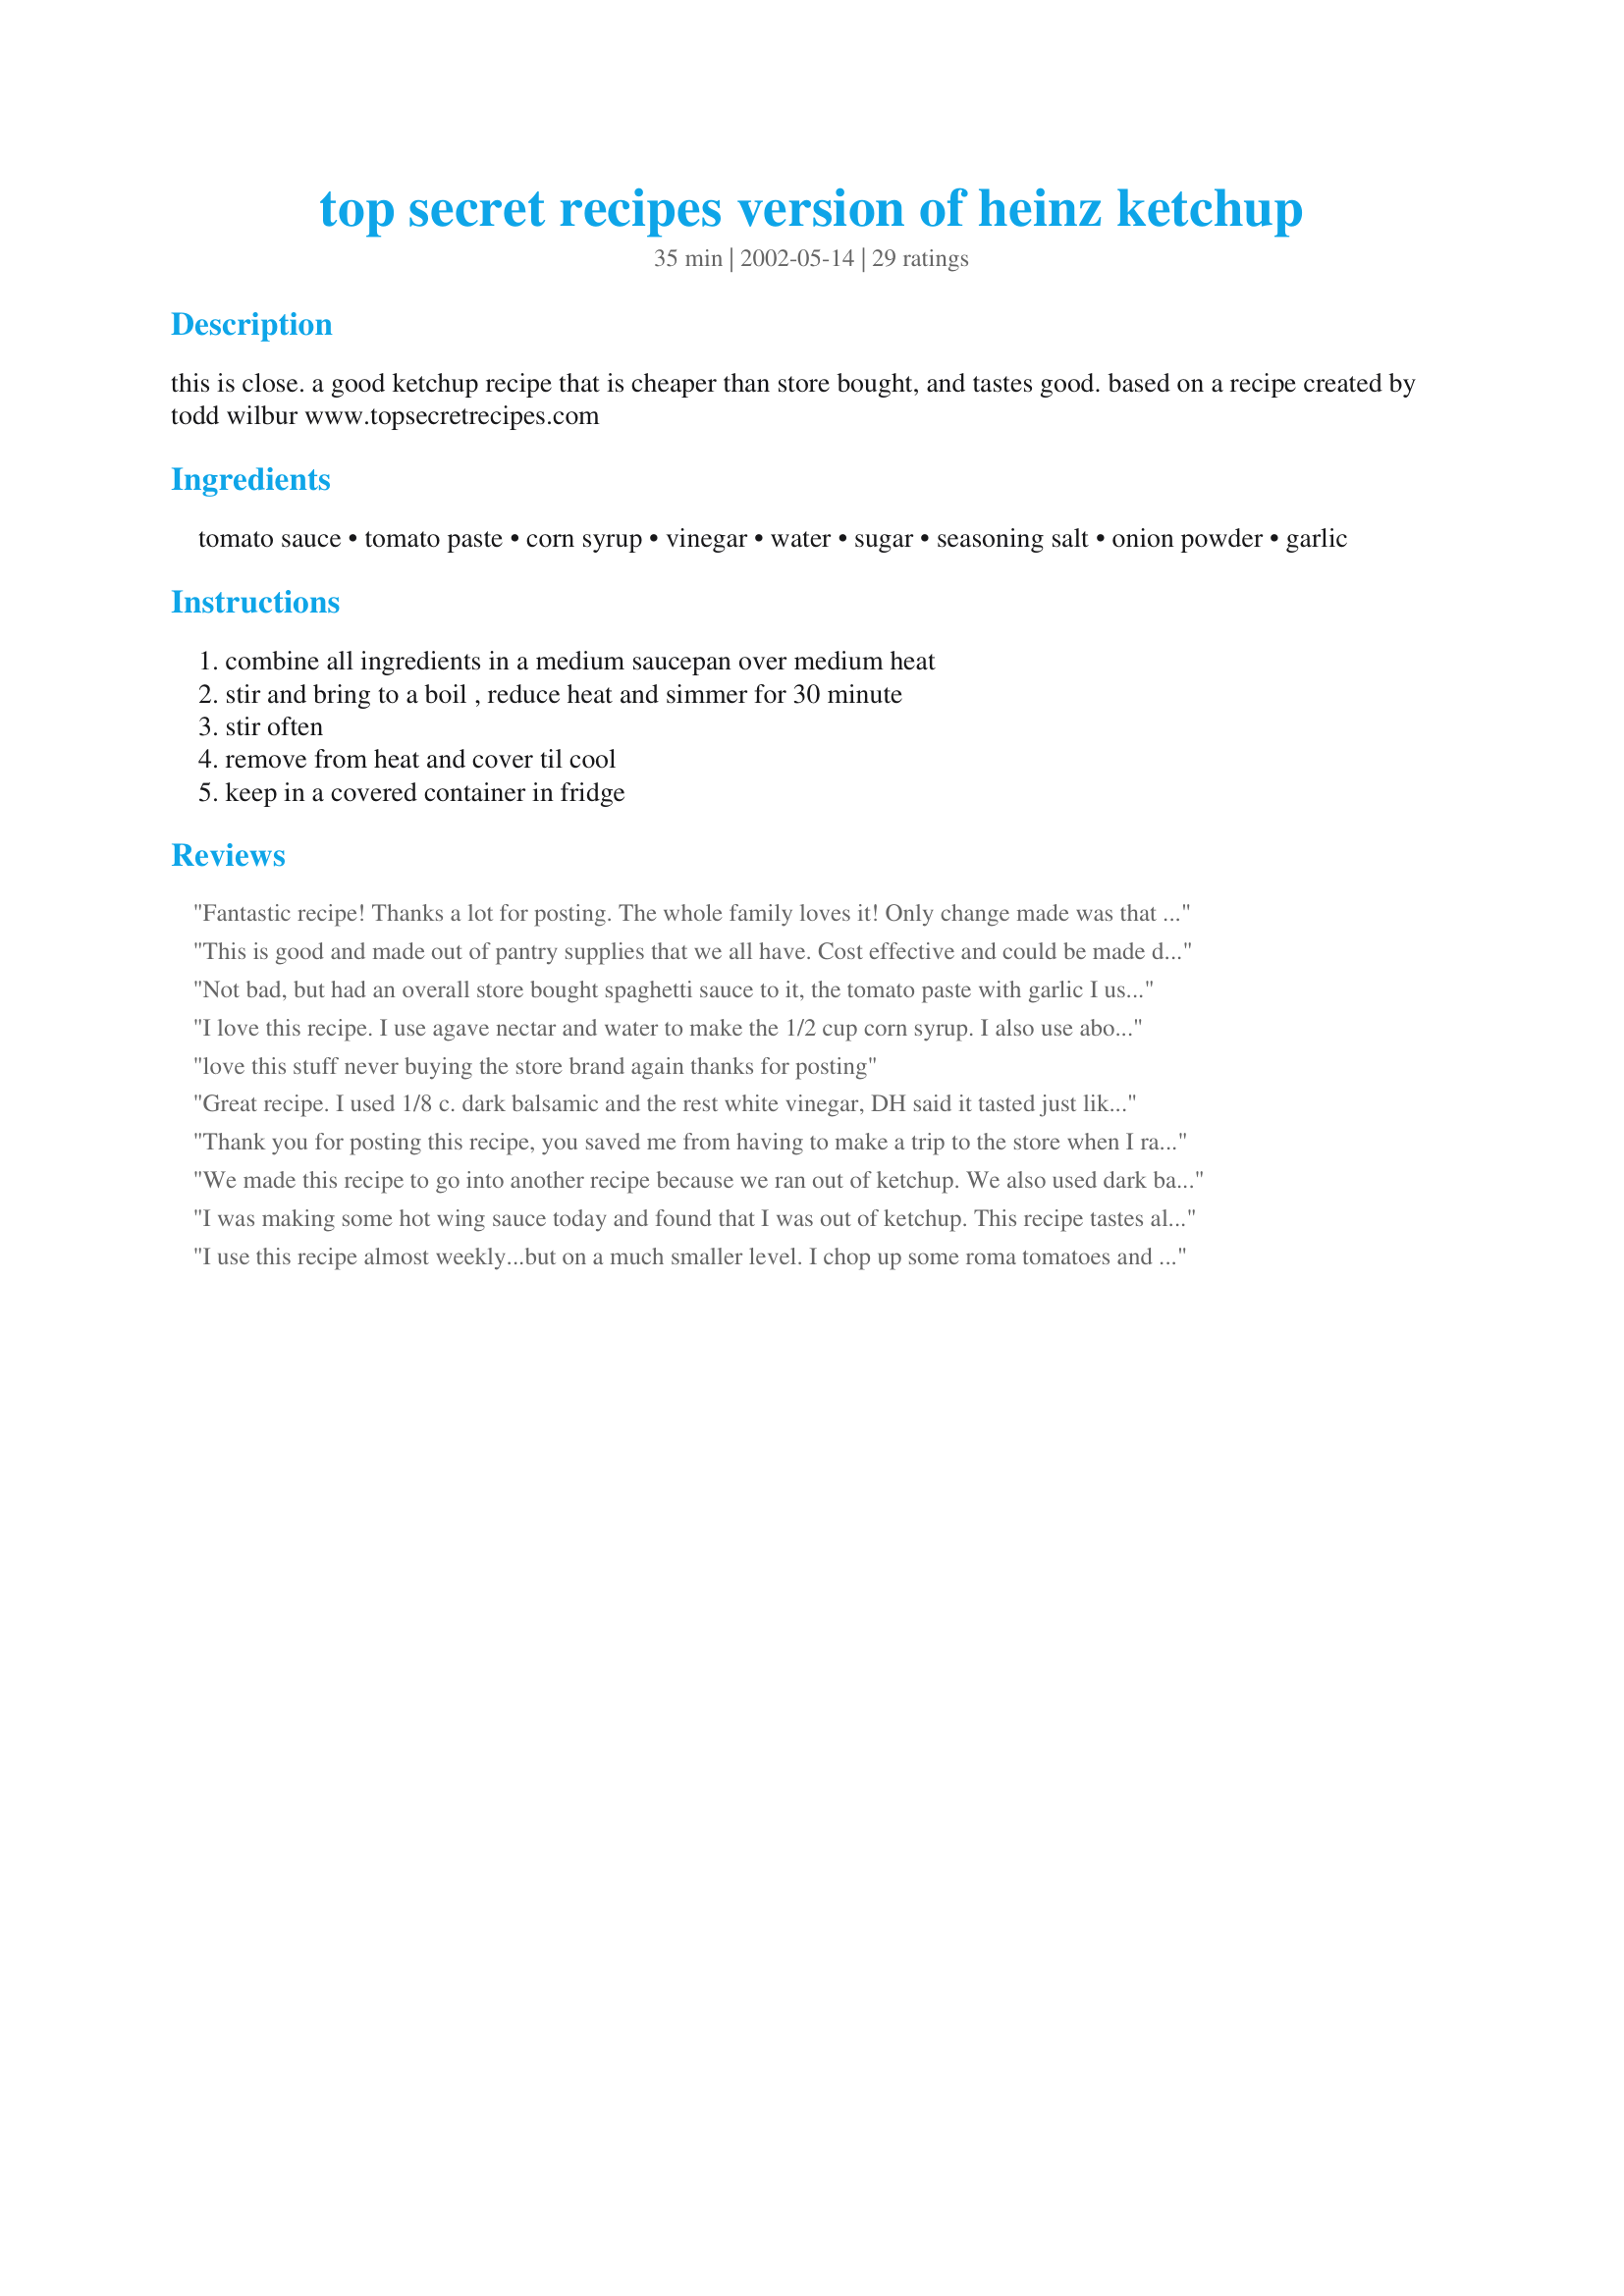
top secret recipes version of heinz ketchup
Preparation time: 35 minutes

this is close. a good ketchup recipe that is cheaper than store bought, and tastes good. based on a recipe created
by todd wilbur www.topsecretrecipes.com

Ingredients:
tomato sauce, tomato paste, corn syrup, vinegar, water, sugar, seasoning salt, onion powder, garlic

Steps:
combine all ingredients in a medium saucepan over medium heat, stir and bring to a boil , reduce heat and simmer for 30 minute, stir often, remove from heat and cover til cool, keep in a covered container in fridge

Reviews:
Fantastic recipe! Thanks a lot for posting. The whole family loves it! Only change made was that used fresh garlc and onion paste instead of the powder
This is good and made out of pantry supplies that we all have. Cost effective and could be made diabetic. Thank you.
Not bad, but had an overall store bought spaghetti sauce to it, the tomato paste with garlic I used contained basil and so it had quite the italian taste to it. Unable to find white balsamic so I used all white vinegar
Thanks for posting morelhunter!
I love this recipe. I use agave nectar and water to make the 1/2 cup corn syrup. I also use about 3/4 of the amount of total vinegar. I think it's just a bit too much vinegar as is. My friends love it.
love this stuff never buying the store brand again thanks for posting
Great recipe. I used 1/8 c. dark balsamic and the rest white vinegar, DH said it tasted just like the original.
Thank you for posting this recipe, you saved me from having to make a trip to the store when I ran out of ketchup one day. This is a nice, mild ketchup. Next time I make it I think I will add a little more salt and vinegar to kick it up a notch. Thanks for posting.
We made this recipe to go into another recipe because we ran out of ketchup. We also used dark balsamic and we didn't have the corn syrup either so we subbed it with Agave Nectar. It may have not been Heinz but it still tasted like ketchup and was a little darker in appearance. We were pleasantly surprised and will be making this again using corn syrup to see if there is a any difference. Thanks for sharing a great recipe. You saved dinner.
I was making some hot wing sauce today and found that I was out of ketchup. This recipe tastes almost exactly like the store-bought versions. The only only change I made was to substitute the corn syrup for 1/2 raw sugar 1/2 honey. Great recipe! Thanks for sharing.
I use this recipe almost weekly...but on a much smaller level. I chop up some roma tomatoes and simmer til soft. Then I run them through a food mill to remove all the skins and seeds. At this point I add garlic powder, onion salt, cider vinegar, water and vegetable glycerin and bring it all up to a simmer again until it's reduced to a ketchup-like consistency. I'm really not sure of the exact measurements, I just eyeball it. But it works for us, and I thank you for supplying the recipe!
What a neat little recipe! I like the heinz ketchup made with artificial sweetener, but I can't find that in the Netherlands. I'm happy that I can make my own now. Thanks a bunch!
This was really great! I had my meatloaf baking in the oven before I realized that I had no ketchup! This recipe really came through and saved the meal! I'm so very glad you posted it... it was fantastic :)
Wow, I really love the taste of this ketchup! I didn't have white balsamic so I used dark too. The really funny thing is, once I had it made I had nothing to put it on! Can't wait to use it though. I will be using it from now on instead of store bought.
Thank You!
I was looking for a low sodium recipe and decided to try this one. I used the tomato paste with 20mg of sodium. I made the recipe as stated and it was very good but a little too sweet for me. The next time I'll leave out the sugar.
We thought this was very good! We don't eat ketchup often, but feel it is a "must" with French fries. Hot, salty fries with cold, chilled ketchup...yum! :) I made per recipe, except I used regular tomato paste and added a bit of granulated garlic. Thanks for posting!
I am a total ketchup snob...and I LOVE Heinz ketchup...but we have been out for a week or so, and I was in the mood for some fries. I did a couple changes so, it could be my fault....it is kind of vinegar-y for my taste, and I was out of onion powder...so I diced up some onion and pureed the mixture at the end. I added a little less corn syrup, a little more sugar....and an extra can of paste. DEFINITELY worth another try!! I am going to refrigerate it and see what happens!! I am excited! :) Thanks for posting!
A little too vinegary for our taste, but I just added more tomato paste. I'm not a big ketchup fan so the important thing is that the ketchup fans (the kids) gave it a thumbs up. Easy to make too!
Wowzers, this is a nice quick recipe. Followed the recipe with a few minor variations due to what was in my pantry. Used a clove of home made roasted garlic paste, and some home made tomato paste. Also used traditional balsamic since I didn't have white on hand and substituted the corn syrup with an equal portion of local honey.<br/><br/>Went nicely with a double smoked cheddar and mozzarella grilled cheese. Yummy, using this recipe again!
This is a good recipe to have on hand. I used regular tomato paste and 1/4 tsp garlic powder. I also did not have balsamic vinegar so I used red wine vinegar. I am sure it was a little different but still really good.

Edit: Hubby thought this was a little too sweet. This is his personal preference and I am adding this note so that I will remember to reduce the sugar next time.
This recipe was a lifesaver, halfway through making our favourite meatball recipe I found I was 1/2 cup shy of ketchup and town is too far away to go get some. Food.com and morelhunter to the rescue! I followed this recipe almost exactly, using dark balsamic vinegar as that's what I had on hand and omitting the sugar as the one reason I dislike Heinz is it's too sweet. Although it's nice and worked great in the recipe, the balsamic vinegar is a bit too strong for my kids tastes. I'll definitely be making again and try it with all white vinegar and let you know then :-) Thanks for saving our dinner!
fantastic!!! i did not have white balsamic so used dark but the results were sooo good!!! thankd for the great recipe. this is going in gift baskets that i give out from now on!!!!
Real good and so easy.
This recipe was created by Todd Wilbur. It is published in his book entitled "Even More Top Secret Recipes". www.topsecretrecipes.com

Very good. I also used dark balsamic vinegar because I was unable to find white. It turned out slightly sweet for me, but I'll just reduce the sugar a bit next time. I may also try it with all white vinegar. Regardless, it's a keeper!
our family loves this ketchup! we do not buy store bought anymore....could not find paste with garlic, we crush real garlic. we also use all white distilled vinegar. Thanks!
I'm not buying ketchup again! I had to cut down on corn syrup. Had no balsamic vinegar but the results were great even without.
I made this after I ran out of ketchup and I've been curious about how this would turn out ever since I found the recipe. Tried it on fries tonight and it's great! My son was dipping his burger in it and ate almost all of his fries (which he never does). He said that the homemade ketchup tasted way better!
I followed the ingredients exactly, just added 10 minutes to cooking time - because I don't know what "simmer" heat is on my old stove - and couldn't tell this from the brand name. Sure, ketchup is cheap, but the ingredients are so basic, I estimated that it cost me less than 30 cents - and there's something fun about cookin' it up yourself.:) Nothing like spaghetti sauce if you follow the recipe. Thanks!!
Yum! So easy, and so good :) . I haven't bought ketchup in some time as I've just been making this. Slightly cheaper and who can beat anything home made?? Now if I could just perfect mustard...
